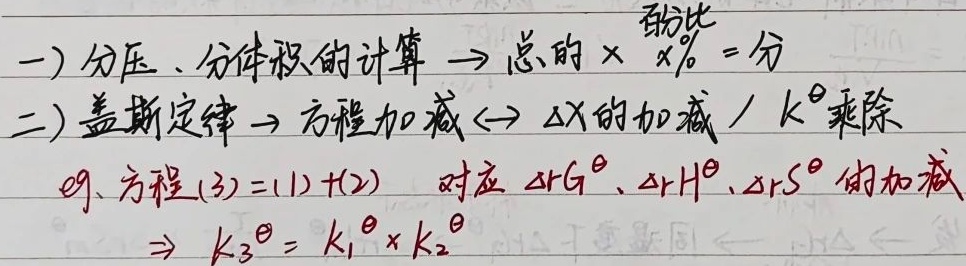
一）分压、分体积的计算 \(\to\) 总的 \(\times \frac{\text{百分比}}{x\%}=\text{分}\)

二）盖斯定律 \(\to\) 方程加减 \(\leftrightarrow\) \(\Delta X\) 的加减 / \(K^{\theta}\) 乘除

e.g.方程\((3)=(1)+(2)\) 对应 \(\Delta_{r}G^{\theta}、\Delta_{r}H^{\theta}、\Delta_{r}S^{\theta}\) 的加减\(\to K_{3}^{\theta}=K_{1}^{\theta}\times K_{2}^{\theta}\)